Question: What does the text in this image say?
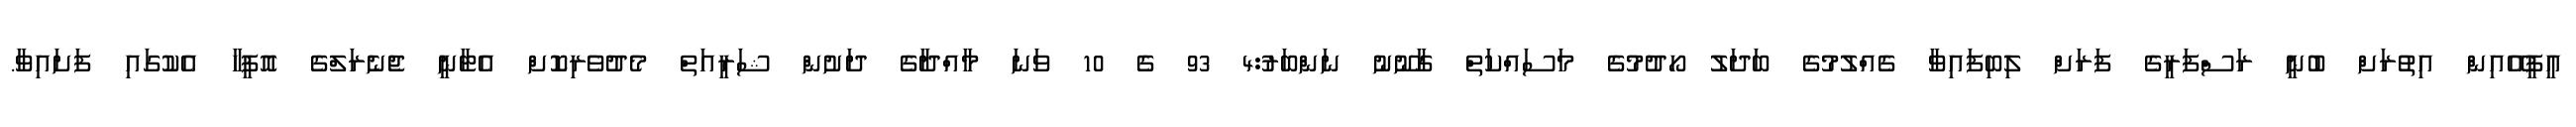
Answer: އީޕީއޭއިން އިތުރަށް ބުނީ ރަސްފަރީގެ ފަރަށް ލިބިފައިވާ ގެއްލުމުގެ ބަދަލު ހޯދުމުގެ މަސައްކަތް ގާނޫނު ނަންބަރު:4 93 ގެ 10 ވަނަ މާއްދާގެ ދަށުން ޝަރީއަތް މެދުވެރިކޮށް އެޓާނީ ޖެނެރަލްގެ އޮފީހާ އެކުގައި ފަށައިވާ.